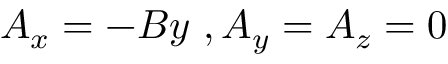
A _ { x } = - B y \ , A _ { y } = A _ { z } = 0